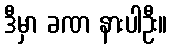
ဒီမှာ ခဏ နားပါဦး။